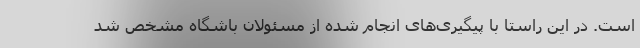
است. در این راستا با پیگیری‌های انجام شده از مسئولان باشگاه مشخص شد